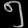
Digit: ၅